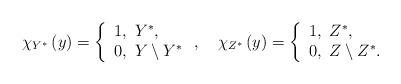
LaTeX: \begin{align*}\chi_{Y^{\ast}}\left( y\right) =\left\{\begin{array}[c]{l}1,\ Y^{\ast},\\0,\ Y\setminus Y^{\ast}\end{array}\right. ,\ \ \ \chi_{Z^{\ast}}\left( y\right) =\left\{\begin{array}[c]{l}1,\ Z^{\ast},\\0,\ Z\setminus Z^{\ast}.\end{array}\right.\end{align*}